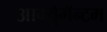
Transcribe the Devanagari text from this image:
आर्ग्युमॅन्टम